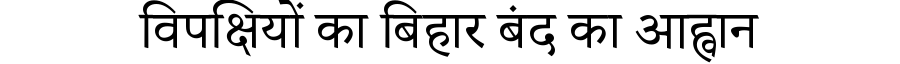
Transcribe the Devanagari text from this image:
विपक्षियों का बिहार बंद का आह्वान